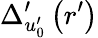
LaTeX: \Delta_{u_{0}^{\prime}}^{\prime}\left(r^{\prime}\right)